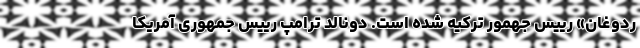
ردوغان» رییس جهمور ترکیه شده است. دونالد ترامپ رییس جمهوری آمریکا